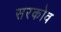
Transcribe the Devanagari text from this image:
सरकोव